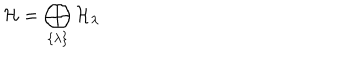
LaTeX: { \cal H } = \bigoplus _ { \{ \lambda \} } { \cal H } _ { \lambda }